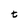
Character: t